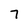
Character: 7